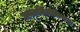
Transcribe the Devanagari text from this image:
जयललितांविरुद्ध